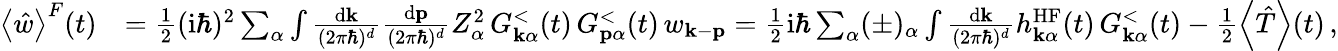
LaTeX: \begin{array}{rl}{\left\langle\hat{w}\right\rangle^{F}(t)}&{=\frac{1}{2}(\mathrm{i}\hbar)^{2}\sum_{\alpha}\int\frac{\mathrm{d}\mathbf{k}}{(2\pi\hbar)^{d}}\frac{\mathrm{d}\mathbf{p}}{(2\pi\hbar)^{d}}Z_{\alpha}^{2}\, G_{\mathbf{k}\alpha}^{<}(t)\, G_{\mathbf{p}\alpha}^{<}(t)\, w_{\mathbf{k}-\mathbf{p}}=\frac{1}{2}\mathrm{i}\hbar\sum_{\alpha}(\pm)_{\alpha}\int\frac{\mathrm{d}\mathbf{k}}{(2\pi\hbar)^{d}}h_{\mathbf{k}\alpha}^{\mathrm{HF}}(t)\, G_{\mathbf{k}\alpha}^{<}(t)-\frac{1}{2}\left\langle\hat{T}\right\rangle(t)\, ,}\end{array}